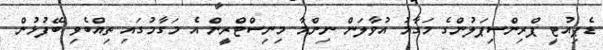
ޑެޕިއުޓީ ޕްރިންސިޕަލުންގެ މަގާމު އުވާލަން ނިންމާ މިނިސްޓްރީން އެ މަގާމުގައި ތިއްބެވި ބޭފުޅުން